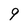
Character: 9